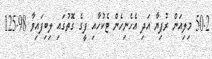
50.2 މިލިއަން ރުފިޔާ އަދި އެހެނިހެން ޓެކުހާއި ފީގެ ގޮތުގައި ލިބިފައިވާ 125.98